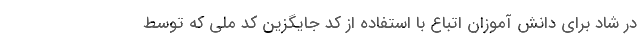
در شاد برای دانش آموزان اتباع با استفاده از کد جایگزین کد ملی که توسط